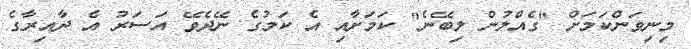
މިނިވަންކަމަށް "ގެއްލުން ލިބޭނެ" ކަމަށާއި އެ ކަމުގެ ނޭދެވޭ އަސަރު އެ ދާއިރާގެ